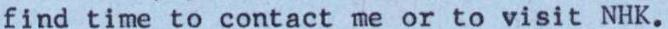
find time to contact me or to visit NHK.